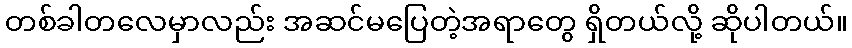
တစ်ခါတလေမှာလည်း အဆင်မပြေတဲ့အရာတွေ ရှိတယ်လို့ ဆိုပါတယ်။